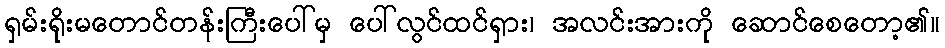
ရှမ်းရိုးမတောင်တန်းကြီးပေါ်မှ ပေါ်လွင်ထင်ရှား၊ အလင်းအားကို ဆောင်စေတော့၏။